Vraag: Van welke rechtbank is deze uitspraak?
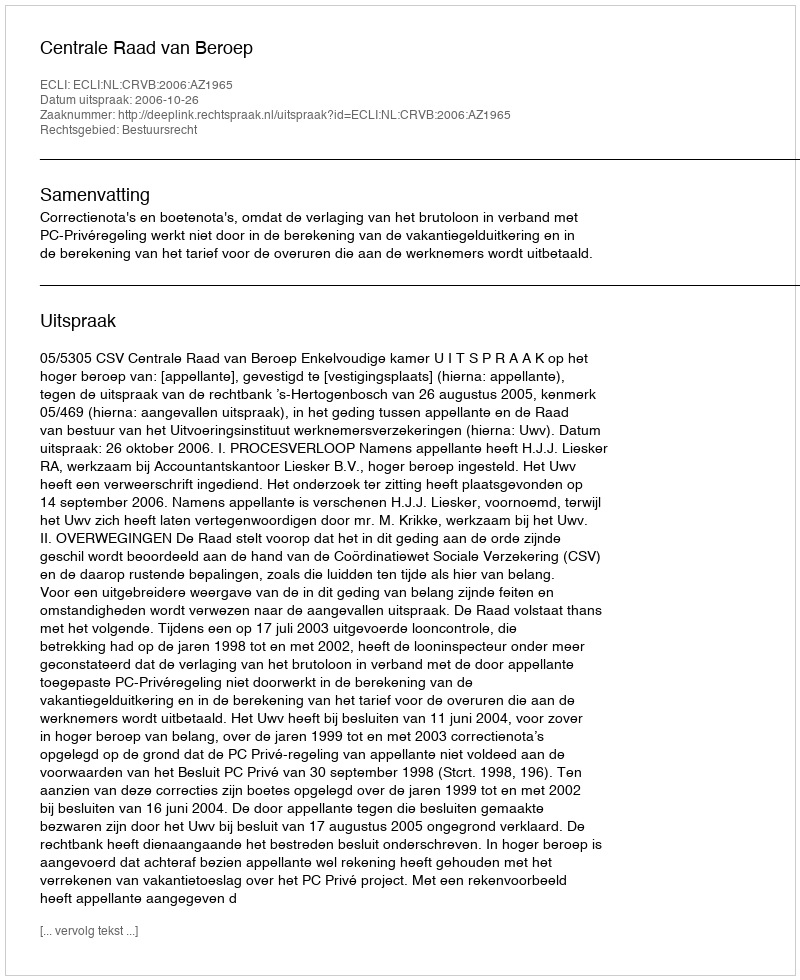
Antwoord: Centrale Raad van Beroep